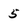
Character: 5